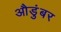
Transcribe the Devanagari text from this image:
औडुंबर